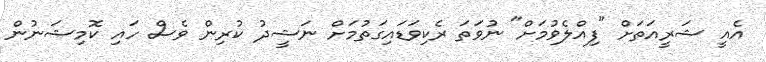
އެއީ ޝަރީއަތަށް "ފިއްލެވުމަށް" ނުވަތަ ރެކިވަޑައިގަތުމަށް ނަޝީދު ކުރިން ވެސް ހައި ކޮމިޝަނުން